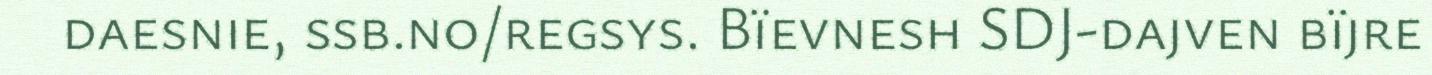
daesnie, ssb.no/regsys. Bïevnesh SDJ-dajven bïjre